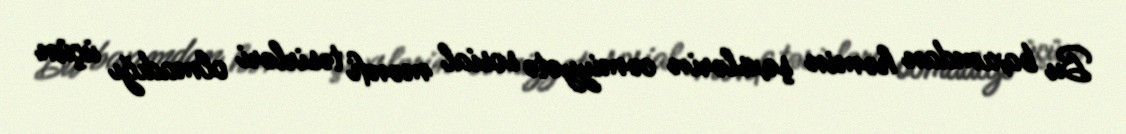
Bu baxımdan həmin şəxslərin cəmiyyətə sosial mənfi təsirləri olmadığı üçün